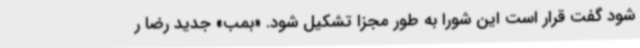
شود گفت قرار است این شورا به طور مجزا تشکیل شود. «بمب» جدید رضا ر